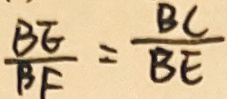
\frac { B E } { B F } = \frac { B C } { B E }